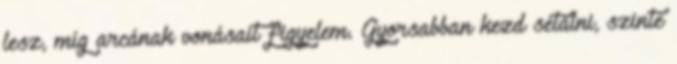
lesz, míg arcának vonásait figyelem. Gyorsabban kezd sétálni, szinte